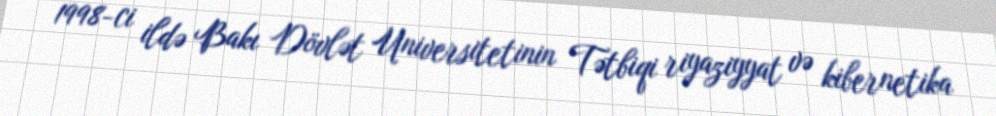
1998-ci ildə Bakı Dövlət Universitetinin Tətbiqi riyaziyyat və kibernetika